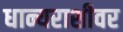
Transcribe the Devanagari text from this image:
धान्यराशीवर